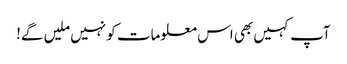
آپ کہیں بھی اس معلومات کو نہیں ملیں گے!